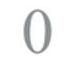
0